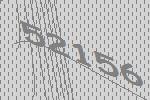
52156